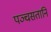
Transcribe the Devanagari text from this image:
पञ्चसतानि